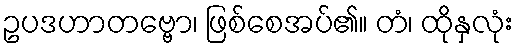
ဥပဒဟာတဗ္ဗော၊ ဖြစ်စေအပ်၏။ တံ၊ ထိုနှလုံး